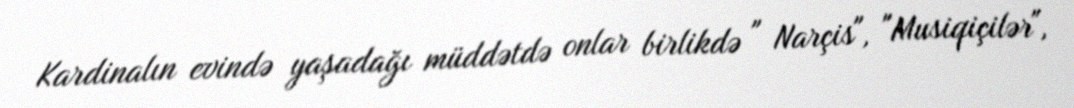
Kardinalın evində yaşadağı müddətdə onlar birlikdə " Narçis", "Musiqiçilər",